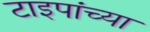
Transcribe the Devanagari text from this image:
टाइपांच्या